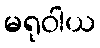
မရုဝါယ